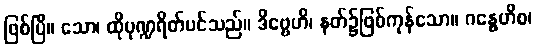
ဖြစ်ပြီ။ သော၊ ထိုပုဏ္ဍရိတ်ပင်သည်။ ဒိဗ္ဗေဟိ၊ နတ်၌ဖြစ်ကုန်သော။ ဂန္ဓေဟိစ၊